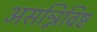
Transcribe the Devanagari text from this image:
असन्निविष्ट